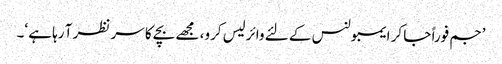
’جم فوراً جا کر ایمبولنس کے لئے وائرلیس کرو، مجھے بچے کا سر نظر آ رہا ہے ‘۔